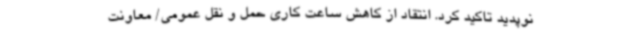
نوپدید تاکید کرد. انتقاد از کاهش ساعت کاری حمل و نقل عمومی/ معاونت